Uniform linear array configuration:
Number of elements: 32
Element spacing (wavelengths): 0.5
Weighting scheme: kaiser
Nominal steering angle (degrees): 60
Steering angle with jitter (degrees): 59.252
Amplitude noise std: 0.05
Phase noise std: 0.05

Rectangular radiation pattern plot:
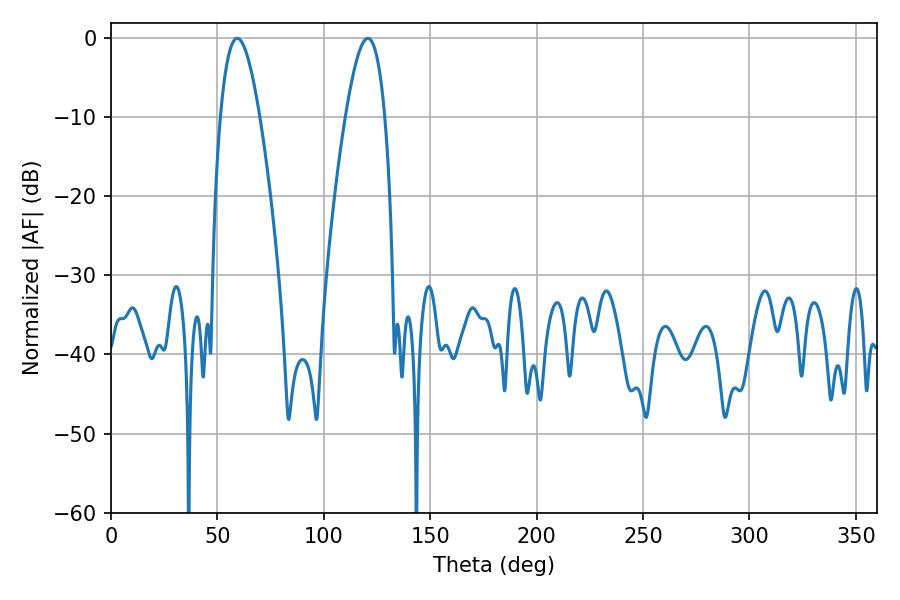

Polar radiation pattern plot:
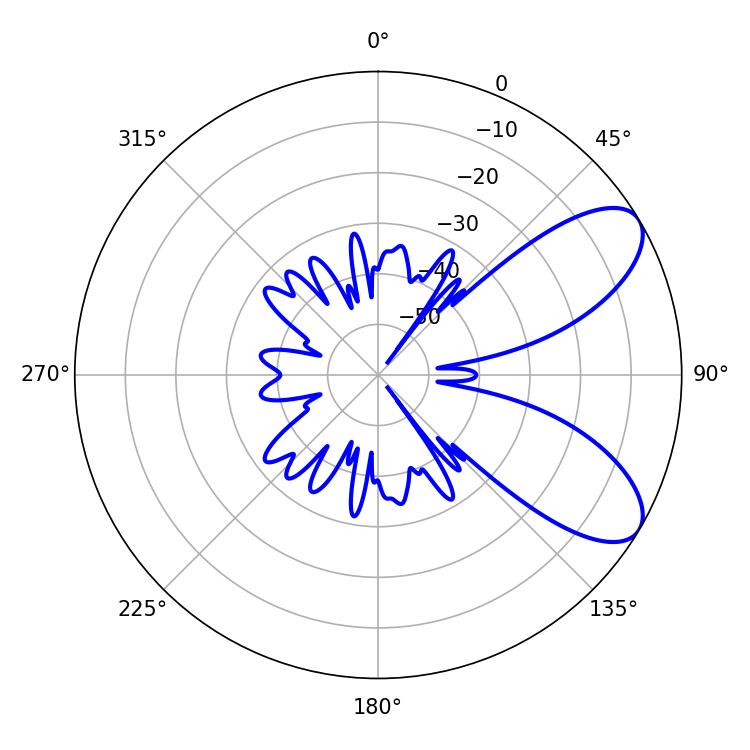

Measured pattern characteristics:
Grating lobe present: FALSE
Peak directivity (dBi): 7.847
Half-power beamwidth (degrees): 10.08
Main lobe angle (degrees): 59.4